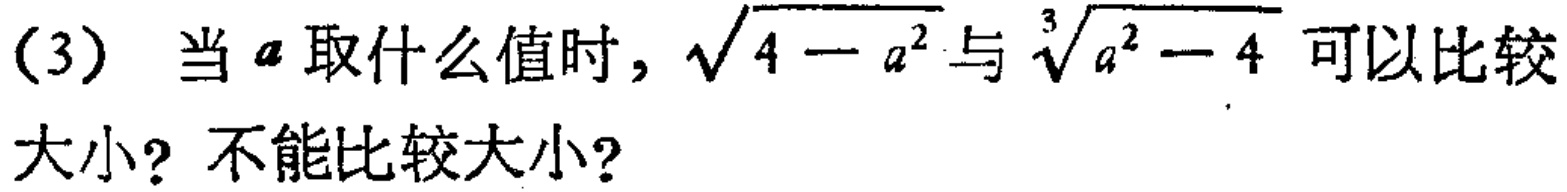
(3) 当$a$取什么值时，$\sqrt{4 - a^{2}}$与$\sqrt[3]{a^{2} - 4}$可以比较大小？不能比较大小？